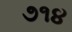
૭૧૪